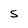
Character: S